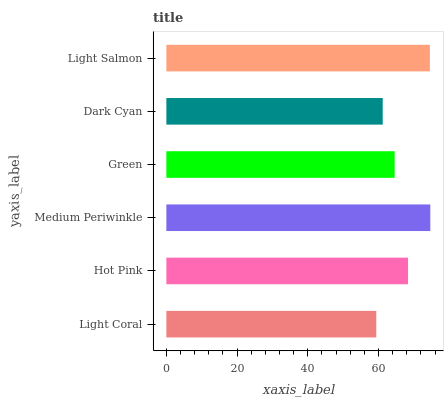
| yaxis_label | bars |
 | --- | --- |
 | Light Coral | 59.4 |
 | Hot Pink | 68.4 |
 | Medium Periwinkle | 74.6 |
 | Green | 64.6 |
 | Dark Cyan | 61.2 |
 | Light Salmon | 74.5 |